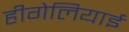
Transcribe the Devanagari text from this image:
हीगेलियाई